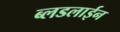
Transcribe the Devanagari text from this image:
ब्लडलाईन